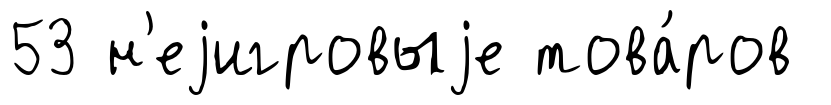
53 н'еjигровыjе това́ров